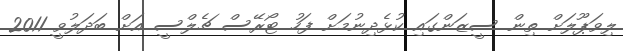
ލިވަޕޫލަށް ތިން ސީޒަންގައި ކުޅެދިނުމަށް ފަހު ޓޯރޭސް ޗެލްސީ އަށް ބަދަލުވީ 2011